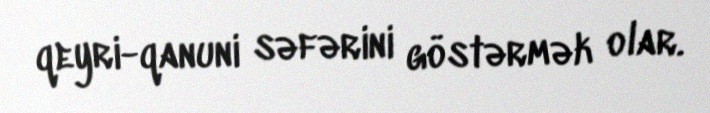
qeyri-qanuni səfərini göstərmək olar.